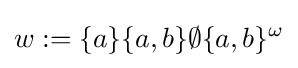
w:=\{a\}\{a,b\}\emptyset \{a,b\}^{\omega }